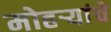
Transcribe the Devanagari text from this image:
मोहऱ्यांचे